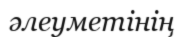
әлеуметінің